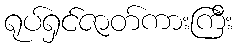
ရုပ်ရှင်ဇာတ်ကားကြီး